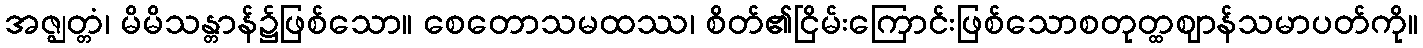
အဇ္ဈတ္တံ၊ မိမိသန္တာန်၌ဖြစ်သော။ စေတောသမထဿ၊ စိတ်၏ငြိမ်းကြောင်းဖြစ်သောစတုတ္ထဈာန်သမာပတ်ကို။